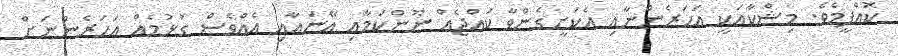
ކޮއްފީމެވެ. މިޝްކާއަކީ އަހަރެންނާއި އެކަށީގެންވާ ކުއްޖެއް ނޫންކަމާއި އޭނައާއި އެއްވެސް ގުޅުމެއް އަހަރެންނަށް